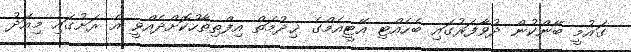
ގައުމީ ބޭންކުން ދުވާފަރުގައި ބެހެއްޓި އޭޓީއެމްގެ ޚިދުމަތް އިފްތިތާހުކޮށްދެއްވީ އެ ރަށުގައި މިއަދު